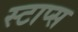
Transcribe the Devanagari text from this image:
स्टाप्स